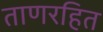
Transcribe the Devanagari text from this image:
ताणरहित